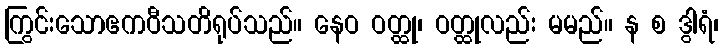
ကြွင်းသောဧကဝီသတိရုပ်သည်။ နေဝ ဝတ္ထု၊ ဝတ္ထုလည်း မမည်။ န စ ဒွါရံ၊